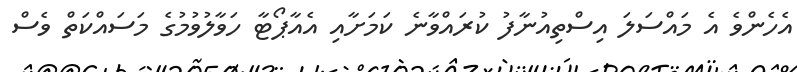
އެހެންވެ އެ މައްސަލަ އިސްތިއުނާފު ކުރައްވާނެ ކަމަށާއި އެއާޕޯޓާ ހަވާލުވުމުގެ މަސައްކަތް ވެސް